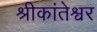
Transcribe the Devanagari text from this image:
श्रीकांतेश्वर